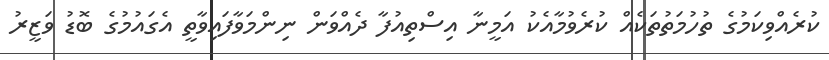
ކުރެއްވިކަމުގެ ތުހުމަތުތަކެއް ކުރެވުމާއެކު އަމީނާ އިސްތިއުފާ ދެއްވަން ނިންމަވާފައިވާތީ އެގައުމުގެ ބޮޑު ވަޒީރު